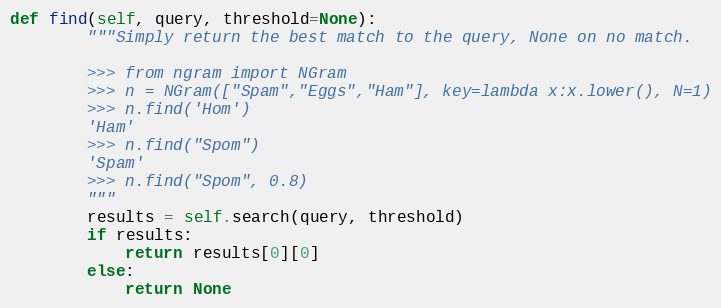
Language: Python
def find(self, query, threshold=None):
        """Simply return the best match to the query, None on no match.

        >>> from ngram import NGram
        >>> n = NGram(["Spam","Eggs","Ham"], key=lambda x:x.lower(), N=1)
        >>> n.find('Hom')
        'Ham'
        >>> n.find("Spom")
        'Spam'
        >>> n.find("Spom", 0.8)
        """
        results = self.search(query, threshold)
        if results:
            return results[0][0]
        else:
            return None